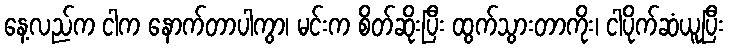
နေ့လည်က ငါက နောက်တာပါကွာ၊ မင်းက စိတ်ဆိုးပြီး ထွက်သွားတာကိုး၊ ငါပိုက်ဆံယူပြီး